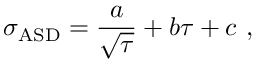
\sigma _ { \mathrm { A S D } } = \frac { a } { \sqrt { \tau } } + b \tau + c \ ,